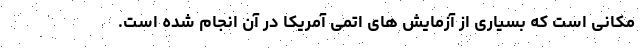
مکانی است که بسیاری از آزمایش های اتمی آمریکا در آن انجام شده است.